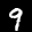
Label: 9